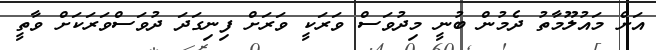
އަށް މައުލޫމާތު ދެމުން ބުނީ މިދުވަސް ވަރަކީ ވަރަށް ފިނިގަދަ ދުވަސްވަރަކަށް ވާތީ